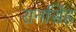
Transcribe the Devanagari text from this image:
रानसिंह